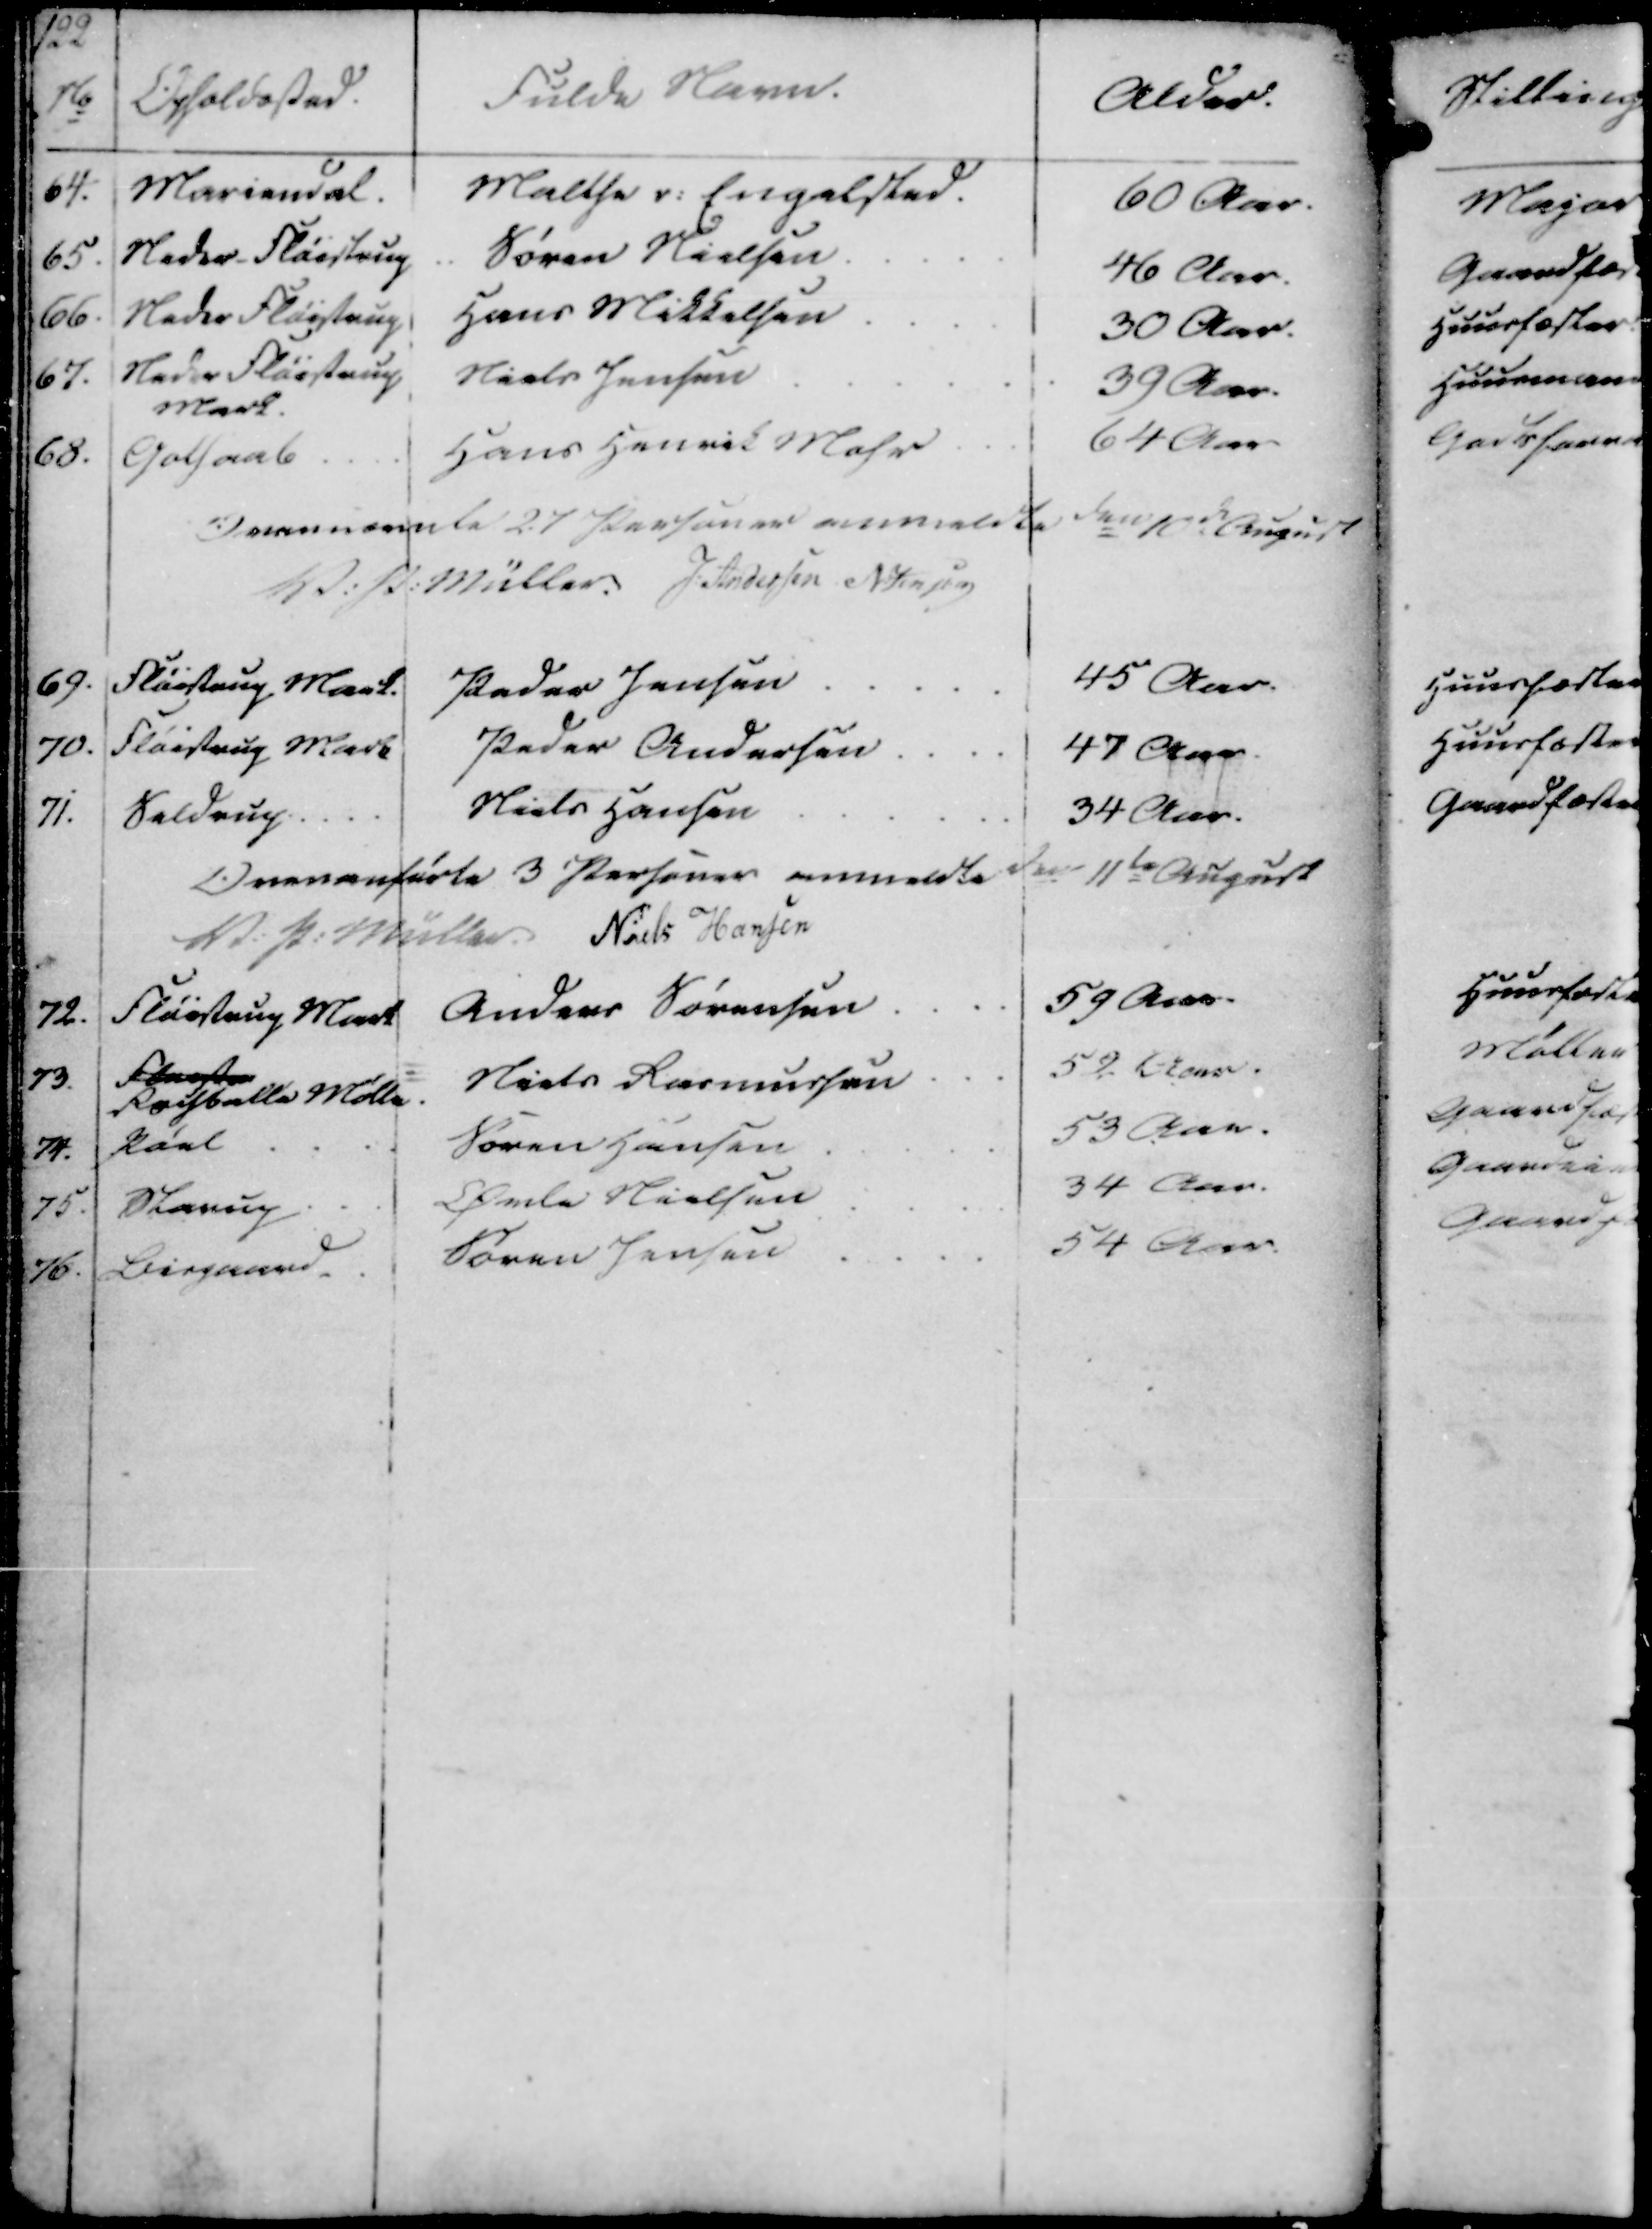
Transskription:
122
No
Opholdested.
Fulde Navn.
Alder.

64.
Mariendal. Malthe v. Engelsted.
60 Aar.

65. Neder-Fløistrup .. Søren Nielsen
46 Aar.

66. Neder Fløistrup Hans Mikkelsen
30 Aar.

67. Neder Fløistrup
Niels Jensen
39 Aar.

Mark
68.
Golsamle
Hans Henrik Mohr
64 Aar

Ovennævnte 27 Personer anmeldte den 10de August
V. P. Müller
J. Andersen
N. Jensen

69. Fløistrup Mark.
Peder Jensen
45 Aar.

70. Fløistrup Mark
Peder Andersen
47 Aar

71. Seldrup
Niels Hansen
34 Aar.

Overanførte 3 Personer anmeldte den 11te August
V. P. Müller
Niels Hansen

72.
Fløistrup Mark
Anders Sørensen
59 Aar

73. Fløistr
Roisballe Mølle
Niels Rasmussen
52 Aar.

74. Pøel
Søren Hansen
53 Aar.

75. Starup
Øvle Nielsen
34 Aar.

76.
Bisgaard.
Søren Jensen
54 Aar.